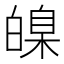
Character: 𤾚